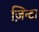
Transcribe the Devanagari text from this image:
ज़िन्टा